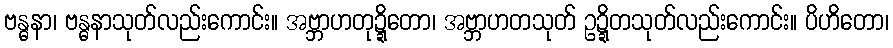
ဗန္ဓနာ၊ ဗန္ဓနာသုတ်လည်းကောင်း။ အဗ္ဘာဟတုဍ္ဍိတော၊ အဗ္ဘာဟတသုတ် ဥဍ္ဍိတသုတ်လည်းကောင်း။ ပိဟိတော၊